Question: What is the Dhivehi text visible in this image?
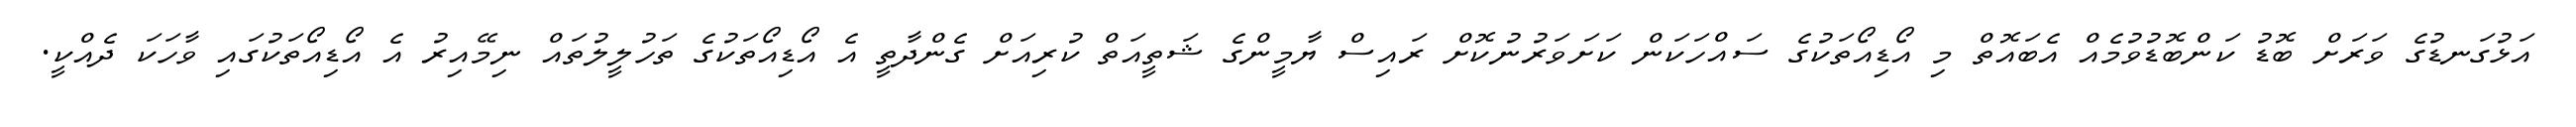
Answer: އަޅުގަނޑުގެ ވަރަށް ބޮޑު ކަންބޮޑުވުމެއް އެބައޮތް މި އޯޑިއޯތަކުގެ ސައްހަކަން ކަށަވަރުނުކޮށް ރައިސް ޔާމީންގެ ޝަތީއަތް ކުރިއަށް ގެންދާތީ އެ އޯޑިއޯތަކުގެ ތަހުލީލުތައް ނިމޭއިރު އެ އޯޑިއޯތަކުގައި ވާހަކަ ދެއްކީ.